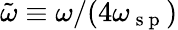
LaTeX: \tilde{\omega}\equiv\omega/(4\omega_{\mathrm{~s~p~}})